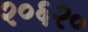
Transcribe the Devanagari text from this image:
२०६२०